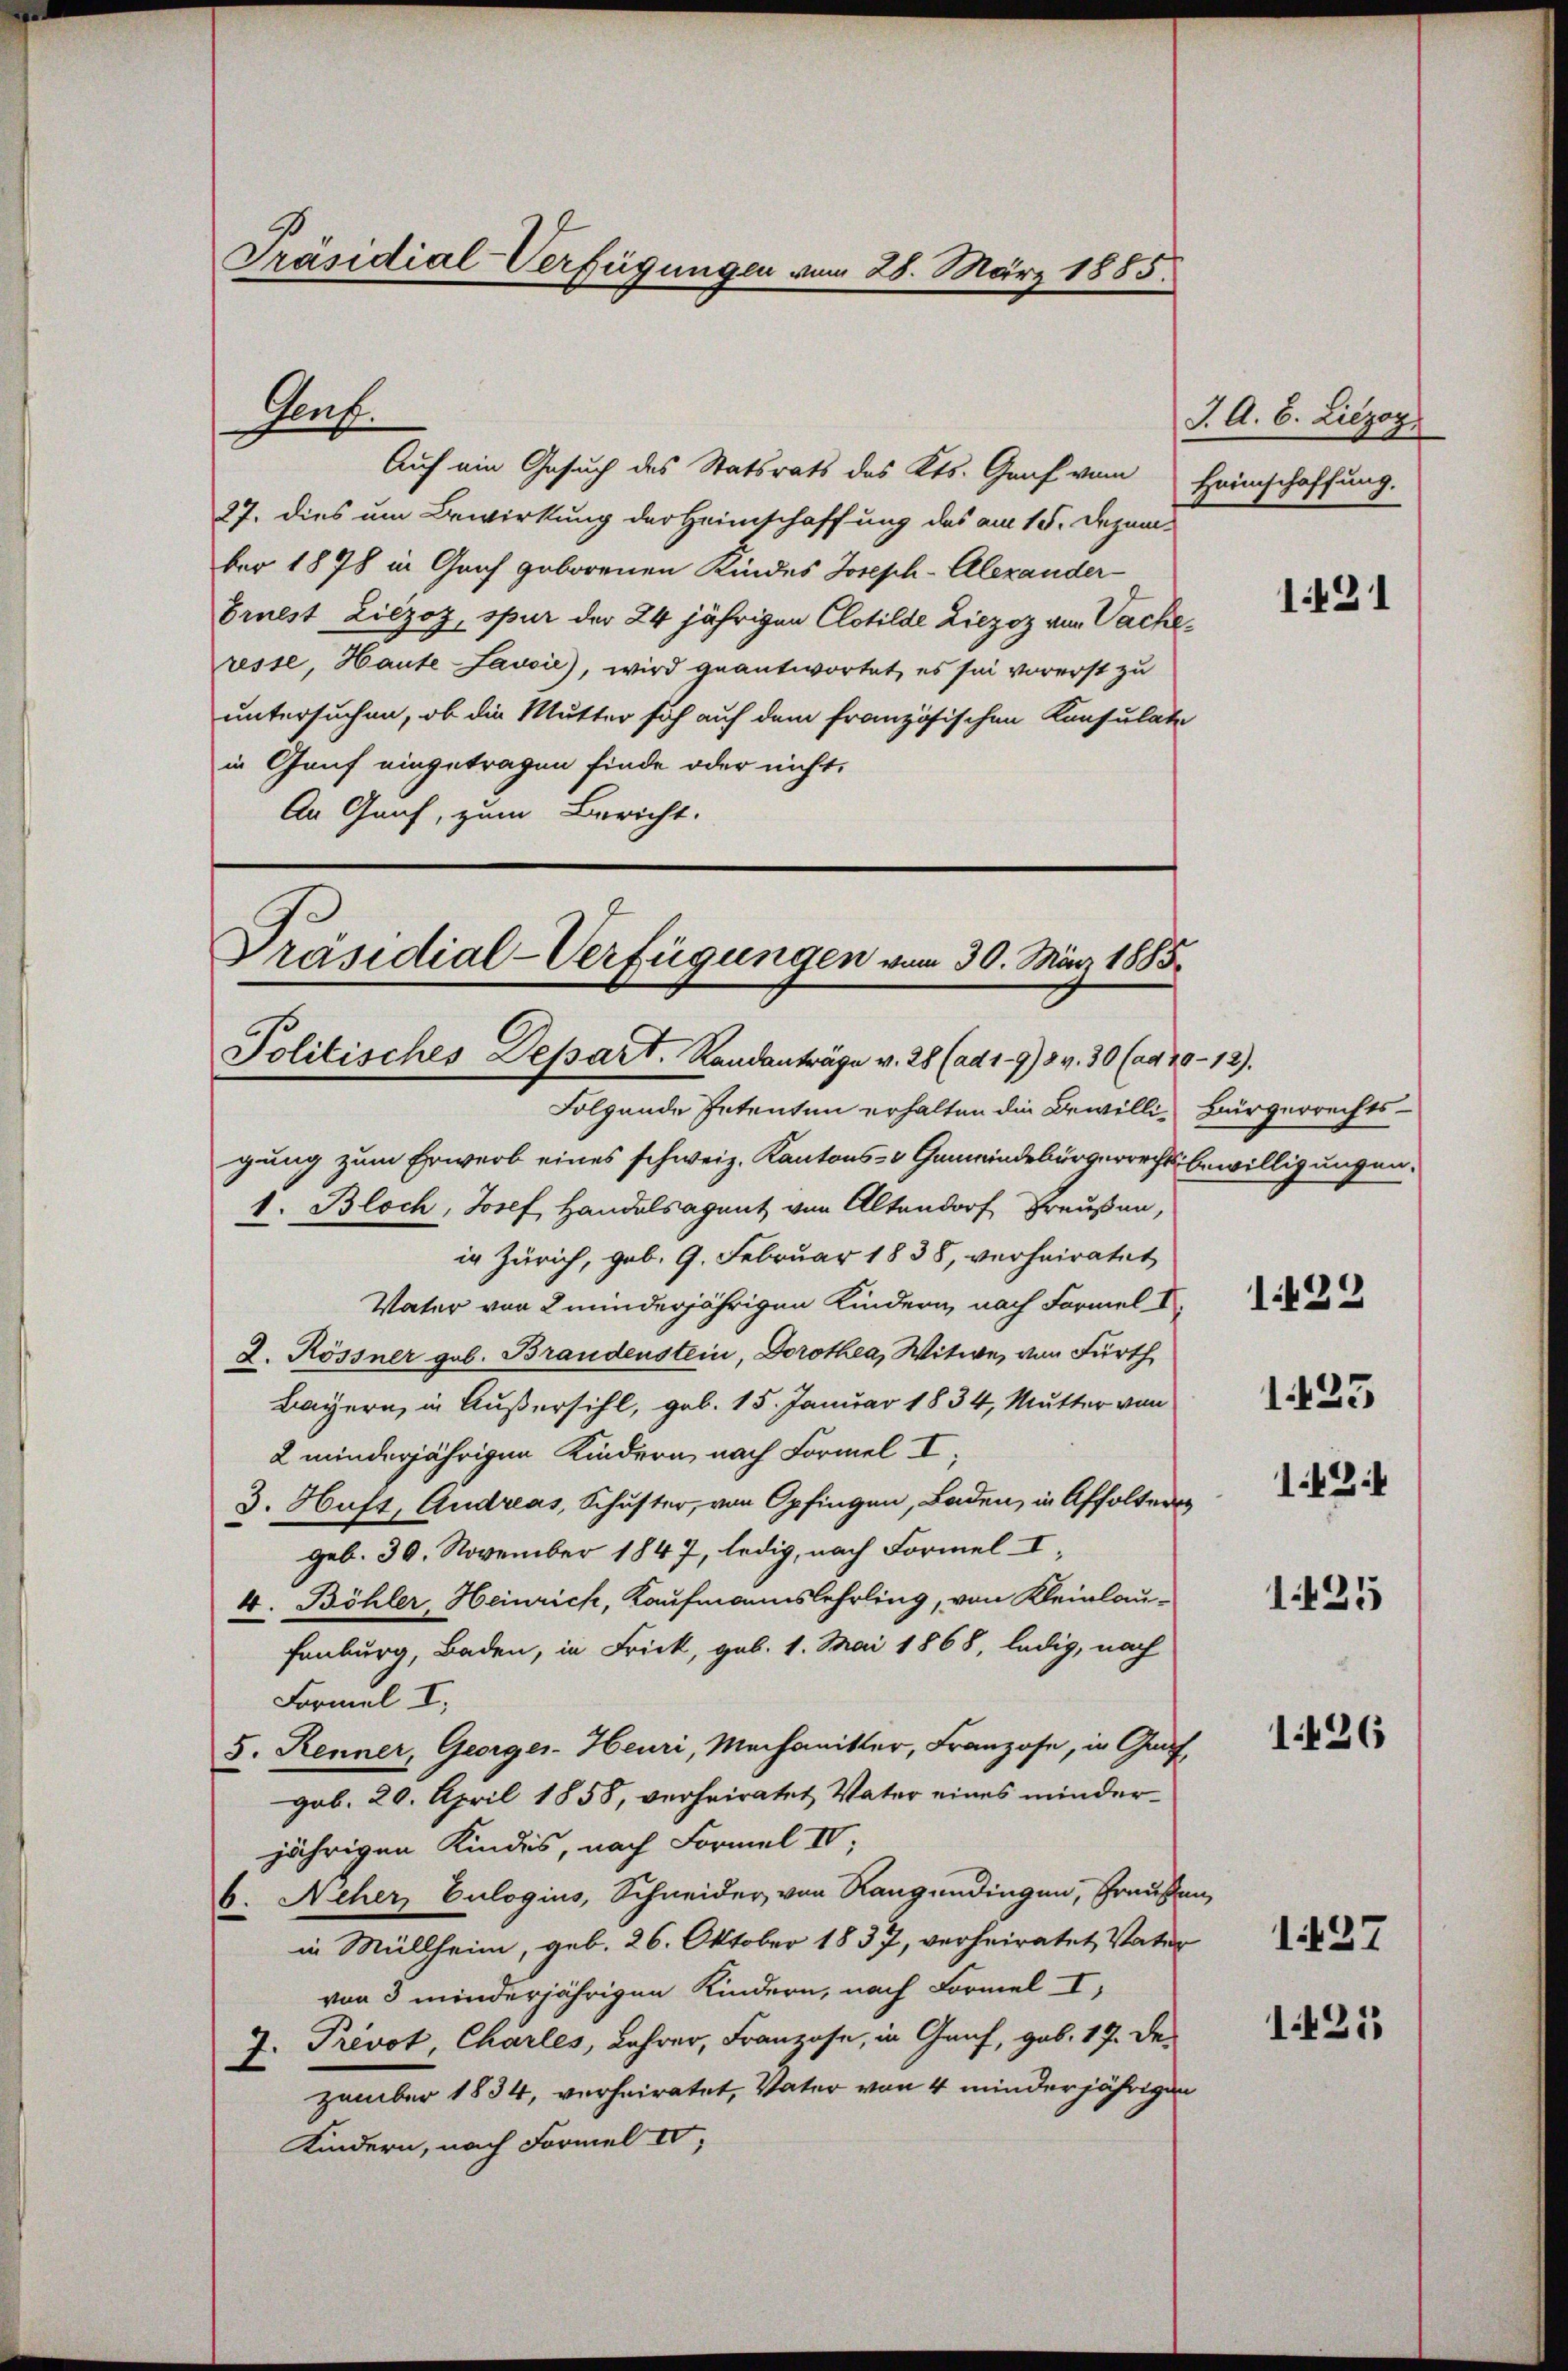
Präsidial-Verfügungen vom 28. März 1885.

Genf.

Auf ein Gesuch des Statsrats des Kts. Graf vom
27. dies um Bewirkung der Heimschaffung des am 15. Dezem-
ber 1878 in Graf geborenen Kindes Joseph-Alexander-
Eruest Liezoz, spur der 24 jährigen Clotilde Liezoz von Sacheresse, Haute Lausić), wird geantwortet, es sei vorerst zu
untersuchen, ob die Mutter sich auf dem französischen Konsulate
in Genf eingetragen finde oder nicht,
An Graf, zum Bericht.

Präsidial-Verfügungen vom 30. März 1885.
Politisches Depart. Randanträge v. 28 (ad 1984. 30 (ca 20 - 12.

J. A. B. Liezog
Heimschaffung.

Folgende Petenten erhalten die Bewillig Bürgerrechtsgung zum Erwerb eines schweiz. Kantons- & Gemeindebürgerrechts-Bewilligungen.
1. Bloch, Josef Handelsagent von Altendorf Preußen,
in Zürich, geb. 9. Februar 1838, verheiratet
Vater von 2 minderjährigen Kindern, nach Formel I
2. Rossner geb. Brandenstein, Dorothea, Witwe, von Fürth
Bayern, in Außersihl, geb. 15. Januar 1834, Mutter von
2 minderjährigen Kindern nach Formel I
3. Haft, Andreas, Schuster, von Opfingen, Baden, in Affolter
geb. 30. November 1847, ledig, nach Formel I
4. Böhler, Heinrich, Kaufmannslehrling, von Kleinlau¬
Fenburg, Baden, in Frick, geb. 1. Mai 1868, ledig, nach
Formel I.
5. Renner, Georger-Heuri, Mechanitter, Franzose, in Graf
gob. 20. April 1858, verheiratet Vater eines minderjährigen Kindes, nach Formel IV,
6. Acher Culogius, Schneider von Rangendingen, Grausen,
in Müllheim, geb. 26. Oktober 1837, verheiratet, Vater
von 3 minderjährigen Kindern, nach Formel I
J. Prevot, Charles, Lehrer, Franzose, in Graf, geb. 17. Dezember 1834, verheiratet, Vater von 4 minderjährigen
Kindern, nach Formel IV

1.423
1424

1491

1425

1426

127

1421